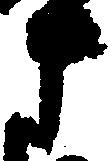
さ